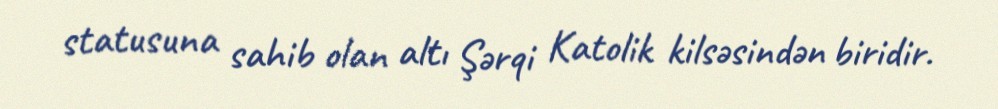
statusuna sahib olan altı Şərqi Katolik kilsəsindən biridir.